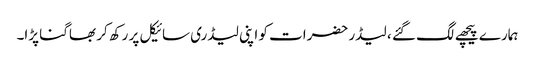
ہمارے پیچھے لگ گئے ، لیڈر حضرات کو اپنی لیڈری سائیکل پر رکھ کر بھاگنا پڑا۔